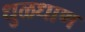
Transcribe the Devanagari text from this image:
धुळधाण